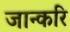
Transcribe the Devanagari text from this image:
जान्करि